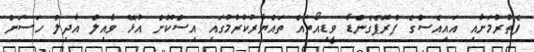
ފެތުރުމަށާއި އައިއެސްގެ ޕްރޮޕެގެންޑާ ވީޑިއޯތައް ތައްޔާރުކުރުމުގައި އިސްކޮށް އުޅޭ ވާއިލް އާދިލް ހަސަން